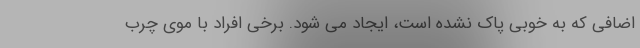
اضافی که به خوبی پاک نشده است، ایجاد می شود. برخی افراد با موی چرب